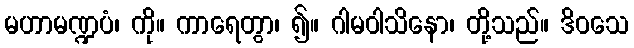
မဟာမဏ္ဍပံ၊ ကို။ ကာရေတွာ၊ ၍။ ဂါမဝါသိနော၊ တို့သည်။ ဒိဝသေ